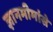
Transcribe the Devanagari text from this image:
ज्ञानमीमांसे